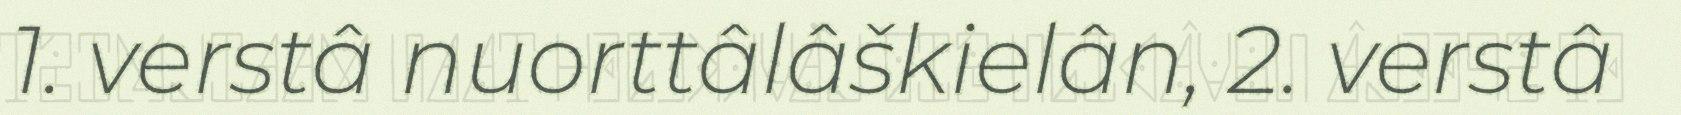
1. verstâ nuorttâlâškielân, 2. verstâ